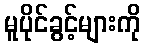
မူပိုင်ခွင့်များကို